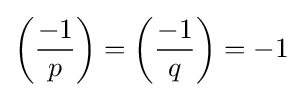
\left({\frac {-1}{p}}\right)=\left({\frac {-1}{q}}\right)=-1